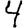
Digit: 4